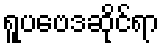
ရူပဗေဒဆိုင်ရာ